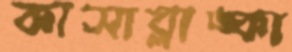
কাসাব্লাঙ্কা